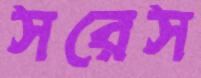
সরেস